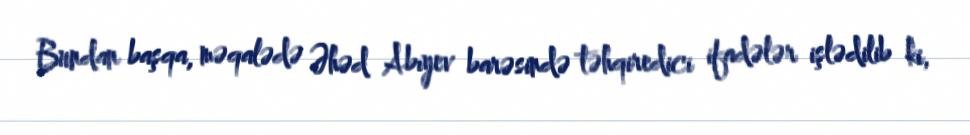
Bundan başqa, məqalədə Əhəd Abıyev barəsində təhqiredici ifadələr işlədilib ki,